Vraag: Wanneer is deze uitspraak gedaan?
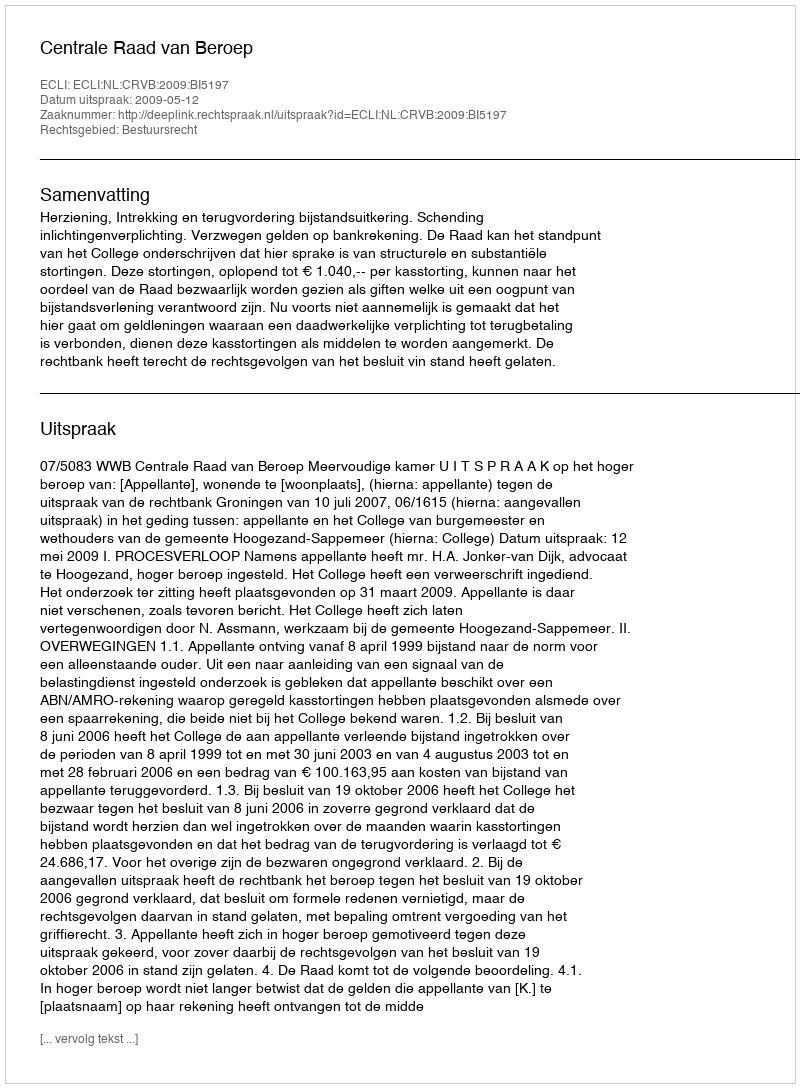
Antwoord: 2009-05-12